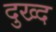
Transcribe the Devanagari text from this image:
दुख्द